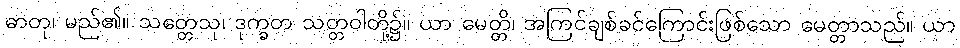
ဓာတု၊ မည်၏။ သတ္တေသု၊ ဒုက္ခတ သတ္တဝါတို့၌။ ယာ မေတ္တိ၊ အကြင်ချစ်ခင်ကြောင်းဖြစ်သော မေတ္တာသည်။ ယာ